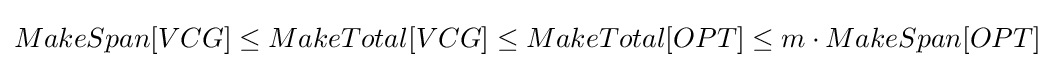
MakeSpan[VCG]\leq MakeTotal[VCG]\leq MakeTotal[OPT]\leq m\cdot MakeSpan[OPT]